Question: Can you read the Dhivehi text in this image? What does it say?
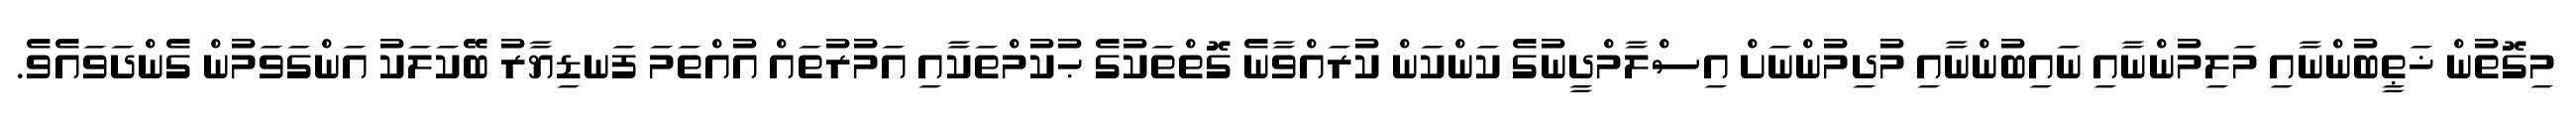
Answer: މިގޮތުން ޚަޠީބުންނާއި މަލިމުންނާއި ނައިބުންނާއި މުދިމުންނަށް އިސްލާމްދީނުގެ ކަންކަން ކުރައްވާނެ ގޮތްތަކުގެ ޙުކުމްތަކާއި އަމުރުތައް އުއްތަމަ ފަނޑިޔާރު ބޭކަލަކު އަންގަވަމުން ގެންދަވައެވެ.